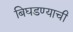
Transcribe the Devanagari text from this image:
बिघडण्याची